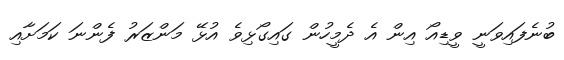
ބުނެފައިވަނީ ވީޑިއޯ އިން އެ ދެމީހުން ގައިގޯޅިވެ އުޅޭ މަންޒަރު ފެންނަ ކަމަށާއި